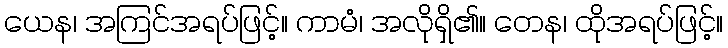
ယေန၊ အကြင်အရပ်ဖြင့်။ ကာမံ၊ အလိုရှိ၏။ တေန၊ ထိုအရပ်ဖြင့်။